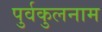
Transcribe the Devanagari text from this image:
पुर्वकुलनाम